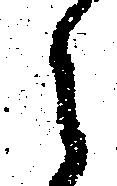
之